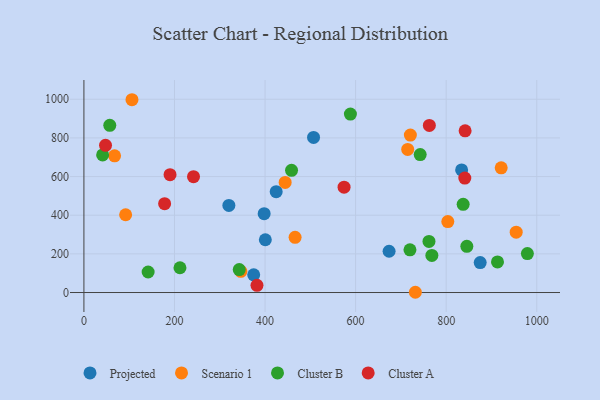
{"axis": {"x": "Speed", "y": "Sales"}, "legend": ["Cluster A", "Cluster B", "Projected", "Scenario 1"], "data": [{"x": "320.1", "y": 450.9, "type": "Projected"}, {"x": "673.9", "y": 213.5, "type": "Projected"}, {"x": "875.1", "y": 155.0, "type": "Projected"}, {"x": "834.1", "y": 634.3, "type": "Projected"}, {"x": "507.1", "y": 802.7, "type": "Projected"}, {"x": "400.6", "y": 273.2, "type": "Projected"}, {"x": "398.0", "y": 407.9, "type": "Projected"}, {"x": "424.6", "y": 521.9, "type": "Projected"}, {"x": "374.9", "y": 91.8, "type": "Projected"}, {"x": "954.6", "y": 312.5, "type": "Scenario 1"}, {"x": "92.1", "y": 402.4, "type": "Scenario 1"}, {"x": "803.6", "y": 366.9, "type": "Scenario 1"}, {"x": "67.7", "y": 707.5, "type": "Scenario 1"}, {"x": "346.5", "y": 109.8, "type": "Scenario 1"}, {"x": "715.0", "y": 740.2, "type": "Scenario 1"}, {"x": "720.9", "y": 814.6, "type": "Scenario 1"}, {"x": "731.9", "y": 1.3, "type": "Scenario 1"}, {"x": "106.1", "y": 997.6, "type": "Scenario 1"}, {"x": "444.4", "y": 569.6, "type": "Scenario 1"}, {"x": "921.5", "y": 645.1, "type": "Scenario 1"}, {"x": "466.3", "y": 285.7, "type": "Scenario 1"}, {"x": "845.6", "y": 239.2, "type": "Cluster B"}, {"x": "742.6", "y": 713.9, "type": "Cluster B"}, {"x": "41.3", "y": 712.2, "type": "Cluster B"}, {"x": "720.0", "y": 221.1, "type": "Cluster B"}, {"x": "837.5", "y": 456.3, "type": "Cluster B"}, {"x": "588.5", "y": 923.5, "type": "Cluster B"}, {"x": "343.0", "y": 118.9, "type": "Cluster B"}, {"x": "913.3", "y": 158.2, "type": "Cluster B"}, {"x": "212.1", "y": 128.2, "type": "Cluster B"}, {"x": "458.5", "y": 632.3, "type": "Cluster B"}, {"x": "57.1", "y": 864.9, "type": "Cluster B"}, {"x": "141.8", "y": 106.3, "type": "Cluster B"}, {"x": "768.4", "y": 192.0, "type": "Cluster B"}, {"x": "762.0", "y": 264.6, "type": "Cluster B"}, {"x": "979.3", "y": 201.3, "type": "Cluster B"}, {"x": "762.8", "y": 864.6, "type": "Cluster A"}, {"x": "190.2", "y": 609.8, "type": "Cluster A"}, {"x": "574.5", "y": 545.2, "type": "Cluster A"}, {"x": "382.2", "y": 37.2, "type": "Cluster A"}, {"x": "242.0", "y": 599.6, "type": "Cluster A"}, {"x": "841.8", "y": 836.5, "type": "Cluster A"}, {"x": "841.1", "y": 592.4, "type": "Cluster A"}, {"x": "47.7", "y": 761.7, "type": "Cluster A"}, {"x": "178.2", "y": 459.5, "type": "Cluster A"}]}